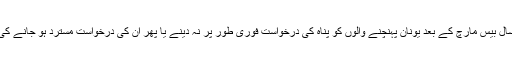
يورپی يونين اور ترکی کی ڈيل کے تحت اس سال بيس مارچ کے بعد يونان پہنچنے والوں کو پناہ کی درخواست فوری طور پر نہ دينے يا پھر ان کی درخواست مسترد ہو جانے کی صورتوں ميں واپس ترکی بھيجا جا سکتا ہے۔